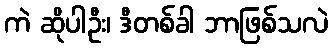
ကဲ ဆိုပါဦး၊ ဒီတစ်ခါ ဘာဖြစ်သလဲ